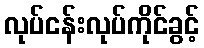
လုပ်ငန်းလုပ်ကိုင်ခွင့်